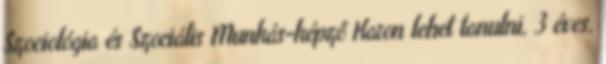
Szociológia és Szociális Munkás-képző Karon lehet tanulni, 3 éves,